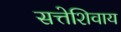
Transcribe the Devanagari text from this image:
सत्तेशिवाय